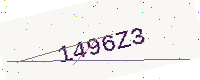
Text: 1496Z3